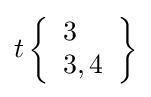
t\left\{{\begin{array}{l}3\\3,4\end{array}}\right\}